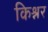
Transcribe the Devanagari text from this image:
किश्नर